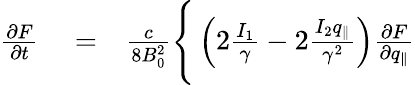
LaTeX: \begin{array}{rlr}{\frac{\partial F}{\partial t}}&{{}=}&{\frac{c}{8B_{0}^{2}}\Bigg\lbrace\left(2\frac{I_{1}}{\gamma}-2\frac{I_{2}q_{\parallel}}{\gamma^{2}}\right)\frac{\partial F}{\partial q_{\parallel}}}\end{array}